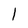
Character: l